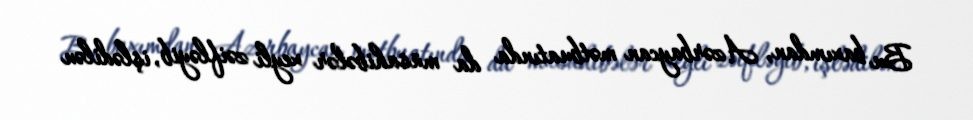
Bu baxımdan, Azərbaycan mətbuatında da müsahibələr xeyli zəifləyib, işlədilən